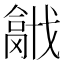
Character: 𢨍